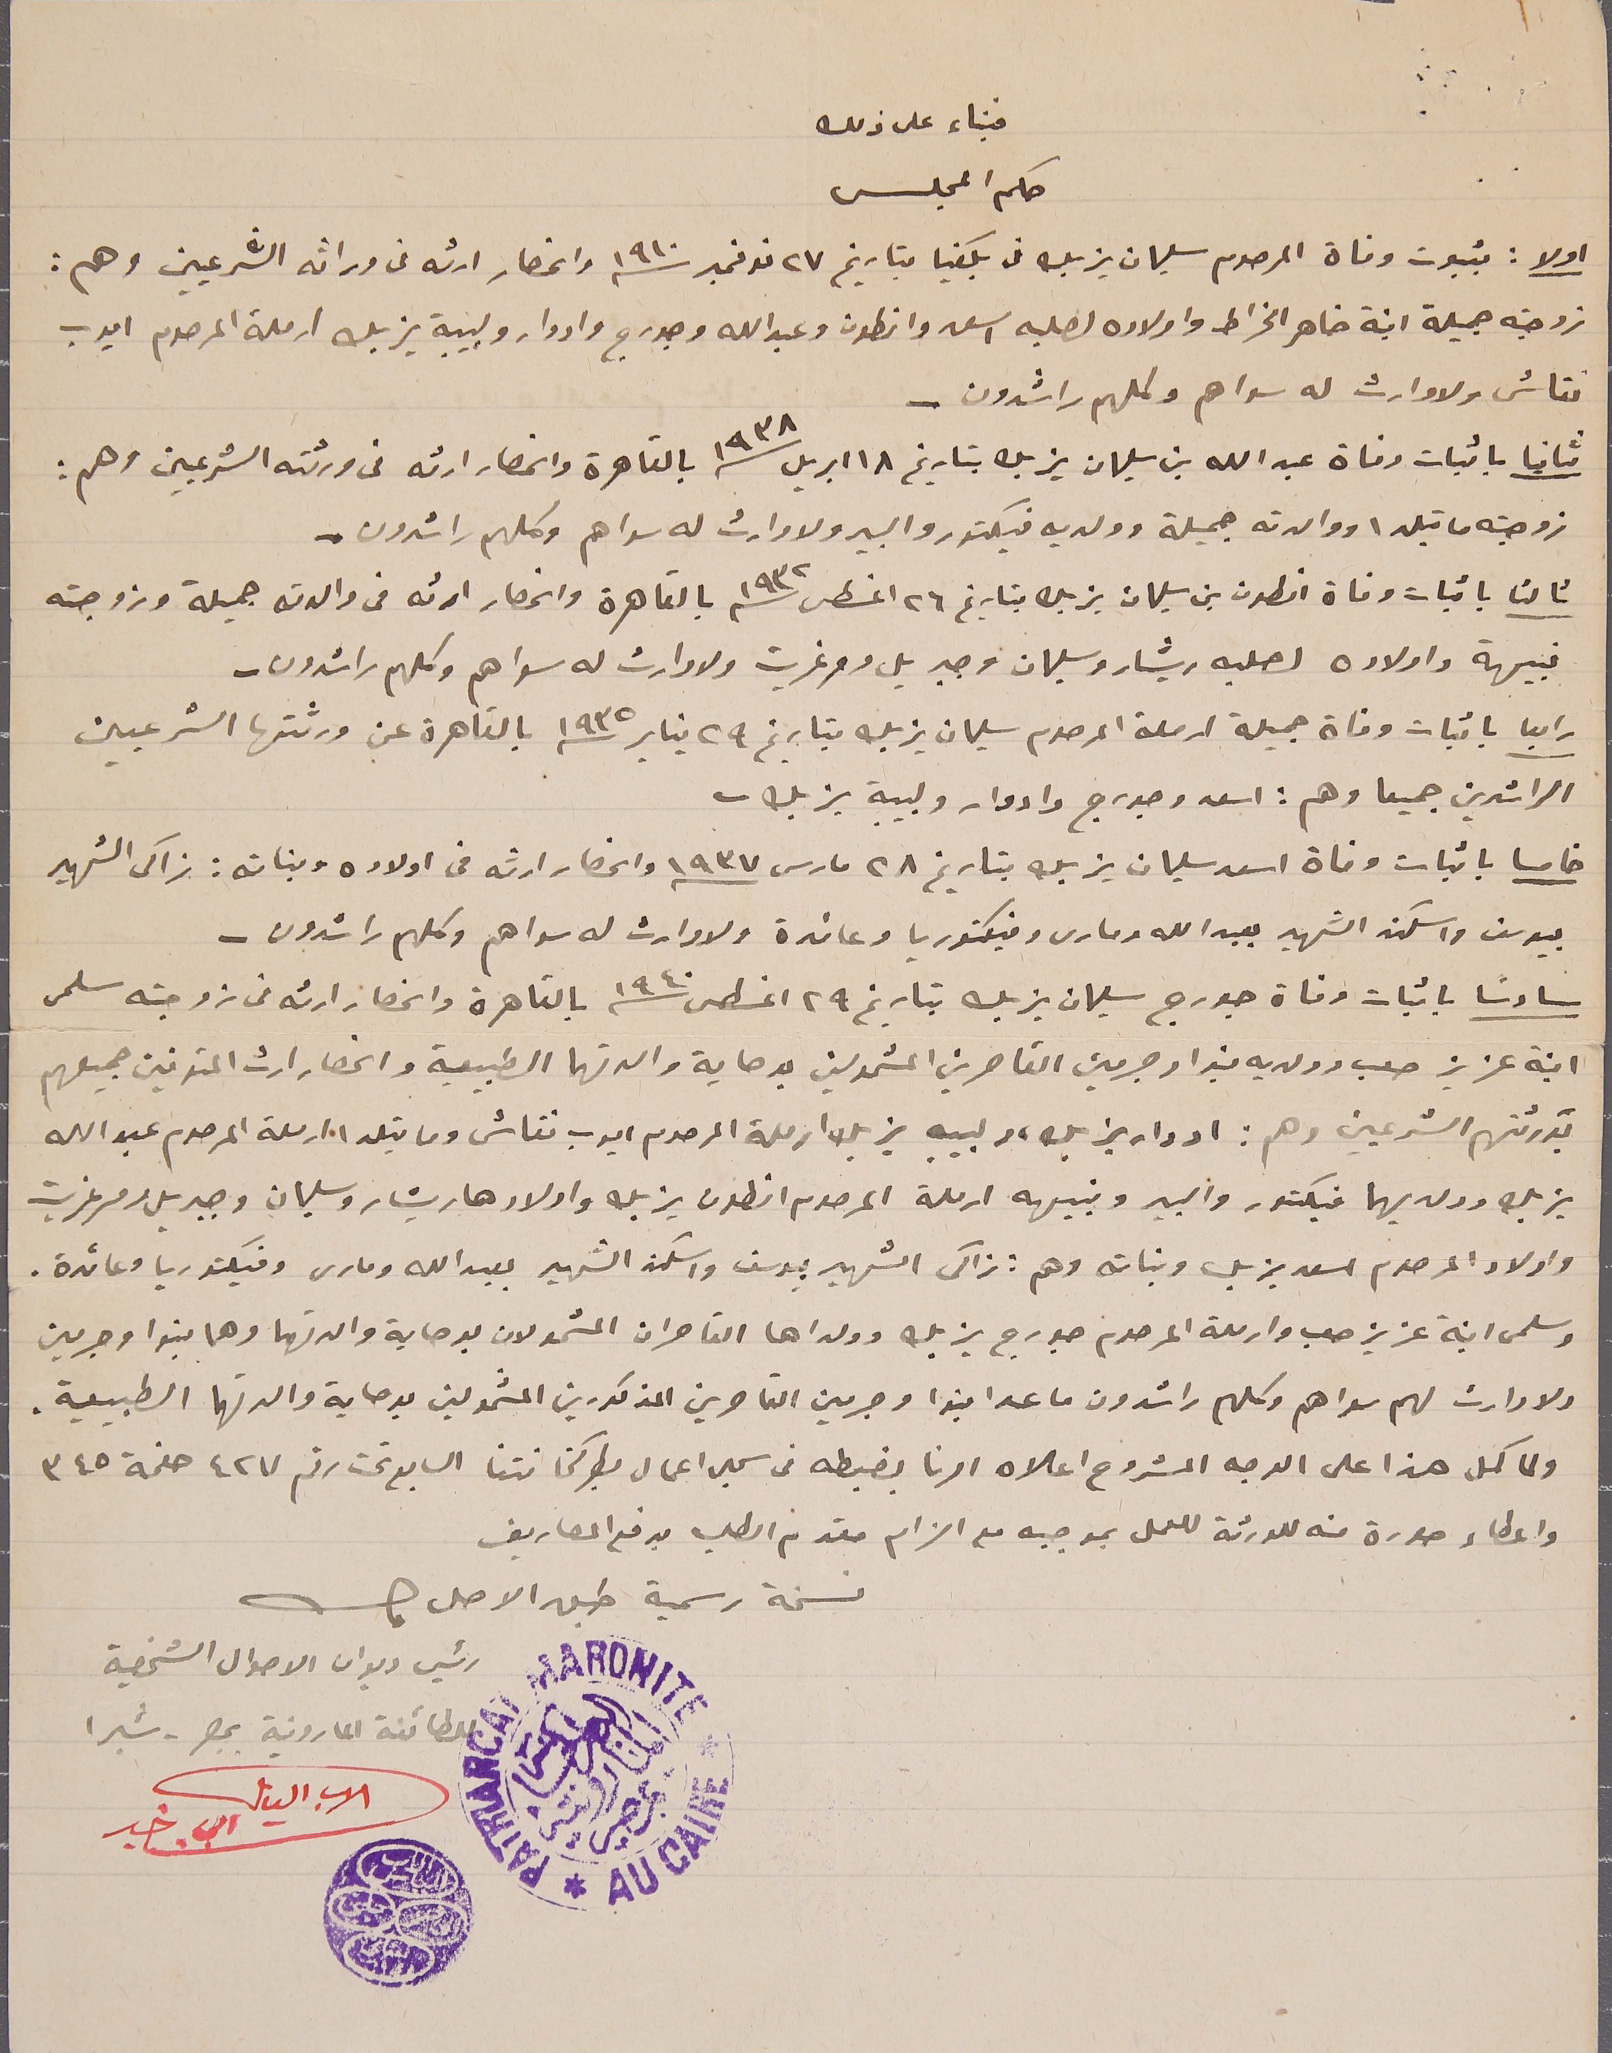
فبناء على ذلك
حكم المجلس
اولا : بثبوت وفاة المرحوم سليمان يزبك فى بكفيا بتاريخ ٢٧ نوفمبر ١٩١٠ وانحصار ارثه فى وراثه الشرعيين وهم :
زوجته جميلة ابنة ضاهر الخراط واولاده لصلبه اسعد وانطون وعبدالله وجورج وادوار ولبيبة يزبك ارملة المرحوم ايوب
نقاش ولا وارث له سواهم وكلهم راشدون _
ثانيا باثبات وفاة عبدالله بن سليمان يزبك بتاريخ ١٨ ابريل ١٩٣٨ بالقاهره وانحصار ارثه من ورثته الشرعيين وهم :
زوجته ماتيلدا ووالدته جميلة وولديه فيكتور والبير ولا وارث له سواهم وكلهم راشدون
ثالثا باثبات وفاة انطون بن سليمان يزبك بتاريخ ٢٦ اغسطس ١٩٣٢ بالقاهرة وانحصار ارثه من والدته جميلة وزوجته
نبيهة واولاده لصلبه ريشار وسليمان وجبريل ومرغريت ولا وارث له سواهم وكلهم راشدون
رابعا باثبات وفاة جميلة ارملة المرحوم سليمان يزبك بتاريخ ٢٩ يناير ١٩٣٥ بالقاهرة عن ورثتها الشرعيين
الراشدين جميعا وهم : اسعد وجورج وادوار ولبيبة يزبك
خامسا باثبات وفاة اسعد سليمان يزبك بتاريخ ٢٨ مارس ١٩٣٧ وانحصار ارثه من اولاده وبناته : زاكى الشهير
بيوسف واسكندر الشهير بعبدالله ومارى وفيكتوريا وعائدة ولا وارث له سواهم وكلهم راشدون
سادساً باثبات وفاة جورج سليمان يزبك بتاريخ ٢٩ اغسطس ١٩٤٠ بالقاهرة وانحصار ارثه من زوجته سلمى
ابنة عزيز صعب وولديه فيرا وجرمين القاصرين المشمولين بوصاية والدتهما الطبيعية وانحصار ارث المتوفين جميعهم
بورثتهم الشرعيين وهم : ادوار يزبك، ولبيبه يزبك ارملة المرحوم ايوب نقاش وماتيلدا ارملة المرحوم عبدالله
يزبك وولديهما فيكتور والبير ونبيهه ارملة المرحوم انطون يزبك واولادها ريشار وسليمان وجبريل ومرغريت
واولاد المرحوم اسعد يزبك وبناته وهم : زاكى الشهير بيوسف واسكندر الشهير بعبدالله ومارى وفيكتوريا وعائدة.
وسلمى ابنة عزيز صعب وارملة المرحوم جورج يزبك وولداها القاصران المشمولان بوصاية والدتهما وهما فيرا وجرمين
ولا وارث لهم سواهم وكلهم راشدون ما عدا فيرا وجرمين القاصرين المذكورين المشمولين بوصاية والدتهما الطبيعية.
ولما كمل هذا على الوجه المشروع اعلاه امرنا بضبطه فى سجل اعمال بطركخانتنا السابع تحت رقم ٤٢٧ صفحة ٣٤٥
واعطاء صورة منه للورثة للعمل بموجبه مع الزام مقدم الطلب بدفع المصاريف
نسخة رسمية طبق الاصل
رئيس ديوان الاحوال الشخصية
للطائفة المارونية بمصر - شبرا
الاب الياس ابي خير